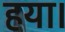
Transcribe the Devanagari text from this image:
हया।